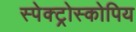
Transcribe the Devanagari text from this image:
स्पेक्ट्रोस्कोपिय